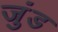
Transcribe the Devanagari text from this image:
जुंड